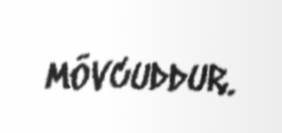
mövcuddur.